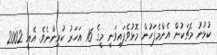
ކުޅުނު މެޗަކުން އެންމެފަހުން މޮޅުވެފައިވަނީ މީގެ 16 އަހަރު ކުރިންނެވެ. އެއީ 2002